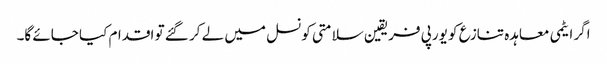
اگر ایٹمی معاہدہ تنازع کو یورپی فریقین سلامتی کونسل میں لے کر گئے تو اقدام کیا جائے گا۔